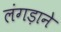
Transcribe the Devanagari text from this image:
लंगड़ाने